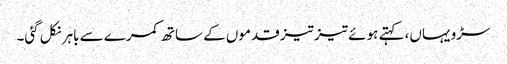
سڑو یہاں، کہتے ہوئے تیز تیز قدموں کے ساتھ کمرے سے باہر نکل گئی۔